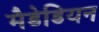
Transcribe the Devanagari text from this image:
मैडेडियन